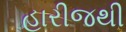
હારીજથી